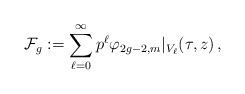
\begin{align*}\mathcal{F}_g:=\sum_{\ell=0}^\infty p^\ell \varphi_{2g-2,m}\vert_{V_\ell}(\tau,z)\,,\end{align*}